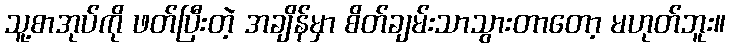
သူ့စာအုပ်ကို ဖတ်ပြီးတဲ့ အချိန်မှာ စိတ်ချမ်းသာသွားတာတော့ မဟုတ်ဘူး။